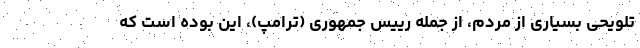
تلویحی بسیاری از مردم، از جمله رییس جمهوری (ترامپ)، این بوده است که